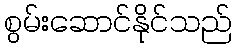
စွမ်းဆောင်နိုင်သည်